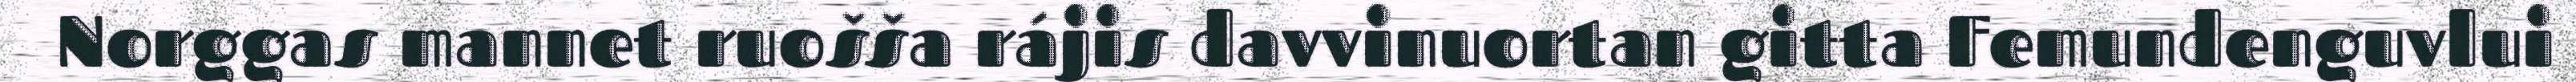
Norggas mannet ruošša rájis davvinuortan gitta Femundenguvlui